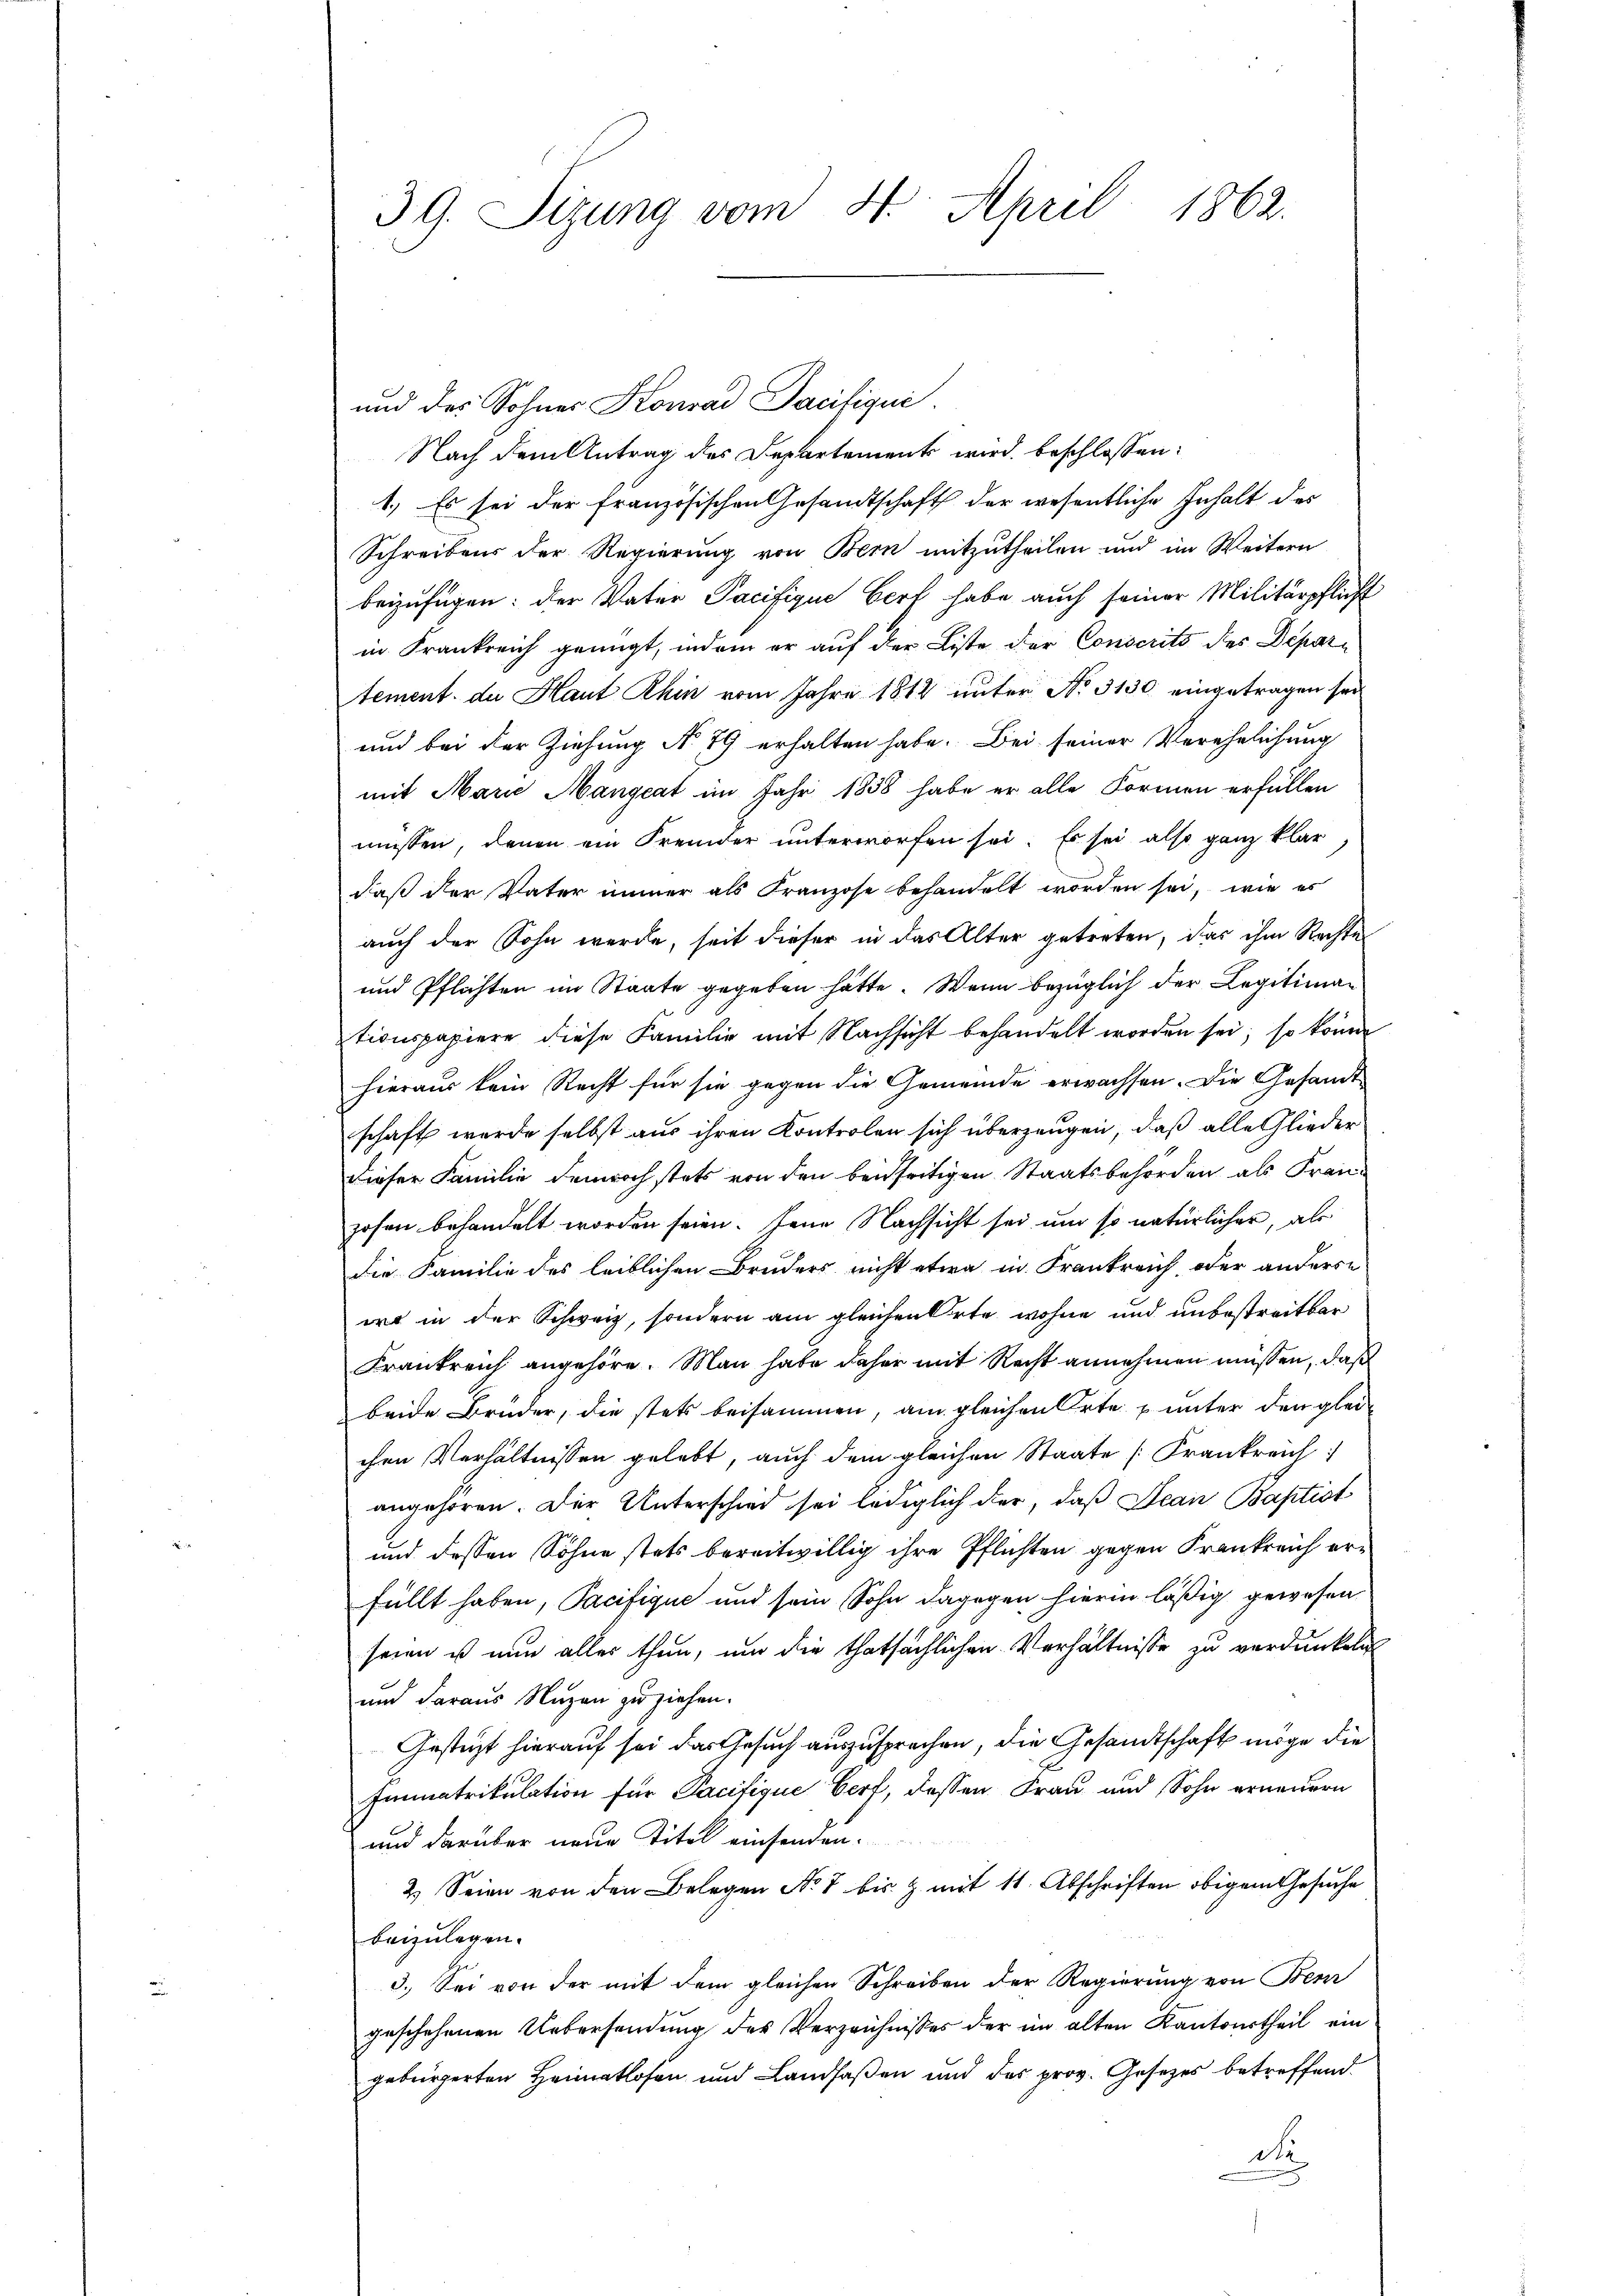
39. Sizung vom 4. April 1862.

und des Sohnes Konrad Sacifiqui
Nach dem Antrag des Departement wird beschlossen:
1.) Es sei der französischen Gesandtschaft der wesentliche Inhalt des
Schreibens der Regierung von Bern mitzutheilen und im Weitern
beizufügen: der Vater Pacifique Dorf habe auch seiner Militärpflicht
in Frankreich genügt, indem er auf der Liste der Conscrits des Depari
tement de Haut Rhin vom Jahre 1812 unter No 3130 eingetragen sei
und bei der Ziehung No 79 erhalten habe. Bei seiner Verehelichung
mit Marie Mängeat im Jahr 1838 habe er alle Formen erfüllen
müssen, denen ein Fremder unterworfen sei. Es sei also ganz klar
daß der Vater immer als Franzose behandelt worden sei, wie es
auch der Sohn werde, seit dieser in das Alter getreten, das ihm Rechte
und Pflichten im Staate gegeben hätte. Wenn bezüglich der Legitiman
tionspapiere diese Familie mit Nachsicht behandelt worden sei; so könne
hieraus kein Recht für sie gegen die Gemeinde erwachsen. Die Gesandt
schaft werde selbst aus ihren Kontrolen sich überzeugen, daß alle Gliederdieser Familie demnoch stets von den beidseitigen Staatsbehörden als Franz
hohen behandelt worden seien. Jene Nachsicht sei um so natürlicher, als
die Familie des leiblichen Bruders nicht etwa in Frankreich, oder anderse
wro in der Schweiz, sondern am gleichen Orte wohne und unbestreitbar
Frankreich angehöre. Man habe daher mit Recht annehmen müssen, daß
beide Brüder, die stets beisammen, am gleichen Orte & unter den gleichen Verhältnissen gelebt, auch dem gleichen Staate [Frankreich
angehören. Der Unterschied sei lediglich der, daß Jean Baptist
und dessen Söhne stets bereitwillig ihre Pflichten gegen Frankreich erfüllt haben, Pacifique und sein Sohn dagegen hierin läßig gewesen
seien ist nun alles thun, um die thatsächlichen Verhältnisse zu verdunkeli
und daraus Nuzen zu ziehen.
Gesteigt hierauf sei das Gesuch auszusprechen, die Gesandtschaft möge die
Immatrikulation für Pacifique Cerf, dessen Frau und Sohn erneuern
und darüber neue Titel einsenden.
2) Seien von den Belegen No 7 bis Z. mit 11. Abschriften obigem Gesuche
beizulegen.
3.) Sei von der mit dem gleichen Schreiben der Regierung von Bern
geschehenen Uebersendung des Verzeichnisses der im alten Kantonstheil ein
gebürgerten Heimatlosen und Landfaßen und des prov. Gesezes betreffend
d